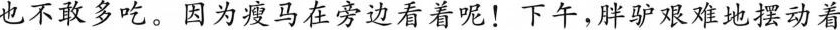
也不敢多吃。因为瘦马在旁边看着呢！下午，胖驴艰难地摆动着